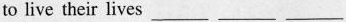
to live their lives ___ ___ ___